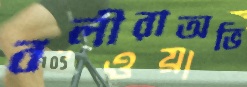
বলীরাঅভি